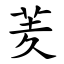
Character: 羐